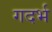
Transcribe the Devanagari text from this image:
गदर्भ